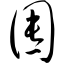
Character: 囤